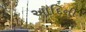
આદિની